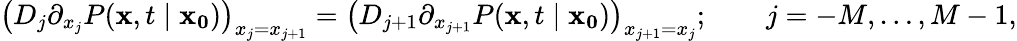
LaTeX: {\big(}D_{j}\partial_{x_{j}}P(\mathbf{x},t\mid\mathbf{x_{0}}){\big)}_{x_{j}=x_{j+1}}={\big(}D_{j+1}\partial_{x_{j+1}}P(\mathbf{x},t\mid\mathbf{x_{0}}){\big)}_{x_{j+1}=x_{j}};\qquad j=-M,\ldots,M-1,